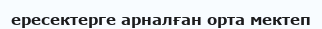
ересектерге арналған орта мектеп